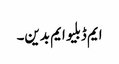
ایم ڈبلیو ایم بدین۔